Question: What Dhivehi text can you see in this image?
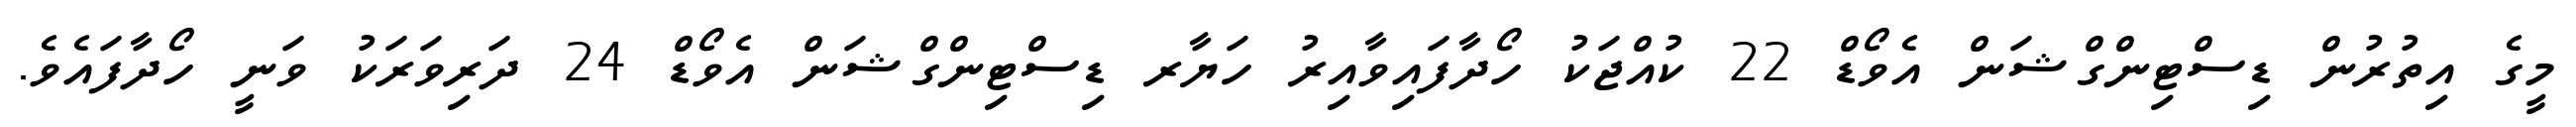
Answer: މީގެ އިތުރުން ޑިސްޓިންގްޝަން އެވޯޑް 22 ކުއްޖަކު ހޯދާފައިވާއިރު ހަޔާރ ޑިސްޓިންގްޝަން އެވޯޑް 24 ދަރިވަރަކު ވަނީ ހޯދާފައެވެ.